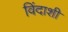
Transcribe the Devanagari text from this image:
विंदाशी